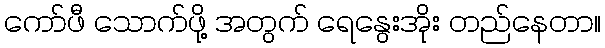
ကော်ဖီ သောက်ဖို့ အတွက် ရေနွေးအိုး တည်နေတာ။